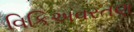
વિકિઅવરતણ